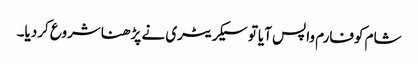
شام کوفارم واپس آیاتو سیکریٹری نے پڑھناشروع کردیا۔